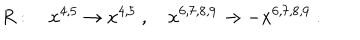
R : \quad x ^ { 4 , 5 } \to x ^ { 4 , 5 } \ , \quad x ^ { 6 , 7 , 8 , 9 } \to - x ^ { 6 , 7 , 8 , 9 } \ .